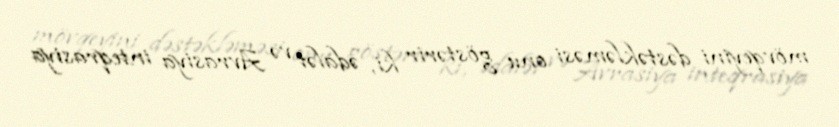
mövqeyini dəstəkləməsi onu göstərir ki, ədalət və Avrasiya inteqrasiya